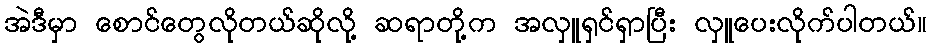
အဲဒီမှာ စောင်တွေလိုတယ်ဆိုလို့ ဆရာတို့က အလှူရှင်ရှာပြီး လှူပေးလိုက်ပါတယ်။